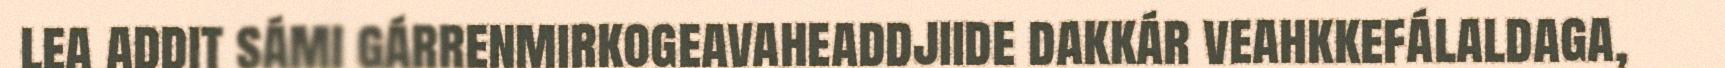
lea addit sámi gárrenmirkogeavaheaddjiide dakkár veahkkefálaldaga,